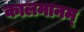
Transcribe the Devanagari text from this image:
कालमानम्